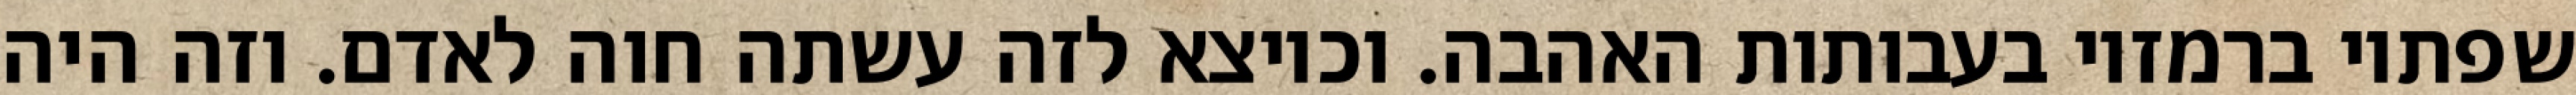
שפתיו ברמזיו בעבותות האהבה. וכיוצא לזה עשתה חוה לאדם. וזה היה